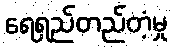
ရေရှည်တည်တံ့မှု